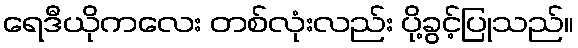
ရေဒီယိုကလေး တစ်လုံးလည်း ပို့ခွင့်ပြုသည်။